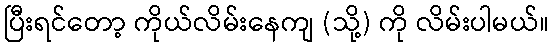
ပြီးရင်တော့ ကိုယ်လိမ်းနေကျ (သို့) ကို လိမ်းပါမယ်။